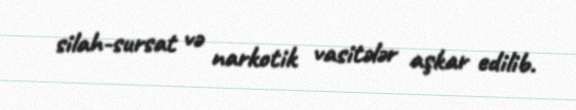
silah-sursat və narkotik vasitələr aşkar edilib.